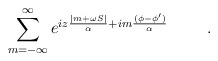
\begin{align*}\sum_{m=-\infty }^\infty e^{iz\frac{|m+\omega S|}\alpha +im\frac{(\phi -\phi^{\prime })}\alpha } \hspace{1cm}.\end{align*}